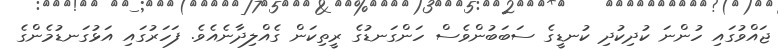
ޖައްވުގައި ހުންނަ ކުދިކުދި ކުނޑީގެ ސަބަބުންވެސް ހަންގަނޑުގެ ރީތިކަން ގެއްލިދާނެއެވެ. ފަހަރުގައި އަޅުގަނޑުމެންގެ